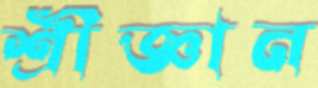
শ্রীজ্ঞান